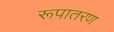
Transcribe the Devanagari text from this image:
रूपातरण